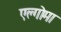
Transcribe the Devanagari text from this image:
एल्गोमा